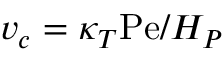
v _ { c } = \kappa _ { T } \mathrm { P e } / H _ { P }